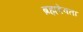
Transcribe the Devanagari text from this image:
ब्रह्मदेवता